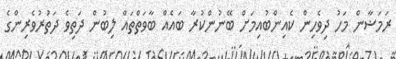
ރަމަޟާން މަހު ދިވެހިން ކެއިންބުއިމަށް ބޭނުންކުރާ ބައެއް ބާވަތްތައް ލިބުން ދަތިވެ ދަތުރުވެރިންގެ